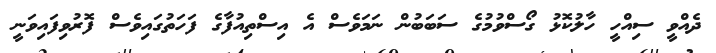
ދެއްވީ ސިއްހީ ހާލުކޮޅު ގޯސްވުމުގެ ސަބަބުން ނަމަވެސް އެ އިސްތިއުފާގެ ފަހަތުގައިވެސް ފޮރުވިފައިވަނީ